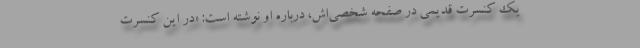
یک کنسرت قدیمی در صفحه شخصی‌اش، درباره او نوشته است: «در این کنسرت